system: You are a helpful assistant.
user:
Analyze the provided spectrum to determine if it is a **Carbon Star (C-type)**.

- **Key Visual Indicators of Carbon Star:**
    - **(Primary):** Strong molecular absorption from **C₂ (diatomic carbon) "Swan Bands."** This is the **defining feature** of a carbon star.
        - **(Key Bandheads):** Sharp absorption edges are visible at approximately $5635$ Å, $5165$ Å (the strongest band), and $4737$ Å.
        - **(Line Profile):** Creates a distinct **"saw-tooth"** pattern. The key morphology is a sharp, steep bandhead on the **red (long-wavelength) side**, which then gradually tapers off (i.e., flux recovers) towards the **blue (short-wavelength) side**. *(This is the direct opposite of the TiO bands seen in M-type stars)*.

    - **(Secondary):** Intense **CN (cyanogen)** molecular absorption bands.
        - **(Key Bandheads):** Located in the blue and violet regions of the spectrum (e.g., near $4215$ Å and $3883$ Å).
        - **(Morphology):** These bands are extremely broad and act as a "blanket," absorbing the vast majority of blue and violet light. This creates a characteristic **"cliff"** or **"steep drop-off"** in the spectrum's flux at short wavelengths.

    - **(Key Confirmation):** Strong **CH absorption band (G-band)**.
        - **(Key Bandhead):** Located around $4300$ Å. The contribution from CH molecules to this band is exceptionally strong.

    - **(Overall Spectrum):**
        - The continuum is severely "chopped up" by these deep molecular bands, especially C₂, rather than appearing as a smooth curve.
        - Due to the heavy CN and C₂ absorption in the blue-green, the vast majority of the star's flux is concentrated in the red part of the spectrum, giving the star its characteristic deep red color.

Think first, call **spectral_visualization_tool** if needed to examine features in detail, then provide your final answer. Your response must adhere to the following strict rules:
1.  **Overall Structure:** Your response must follow the format `<think>...</think> <tool_call>...</tool_call> (if a tool is used) <answer>...</answer>`.
2.  **Tool Usage Constraint:** You may only make **one** tool call per turn.
3.  **Final Answer Format:** In the `<answer>` tag, your conclusion must be inside a `\boxed{}` command (e.g., `\boxed{YES}`), followed by your justification.

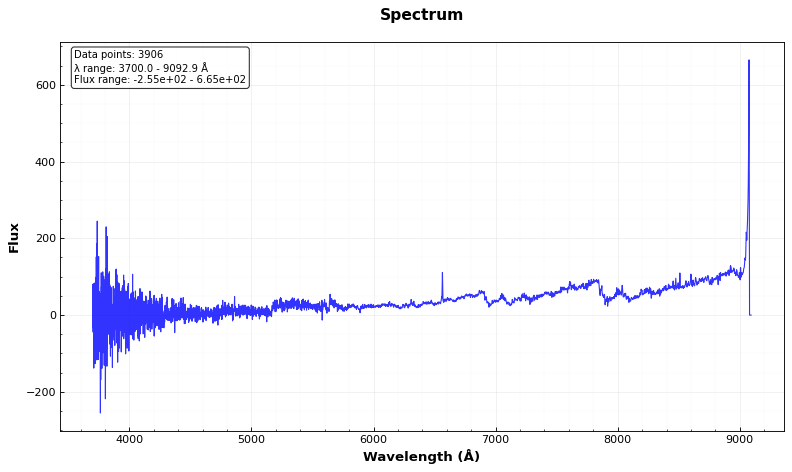
Answer: YES